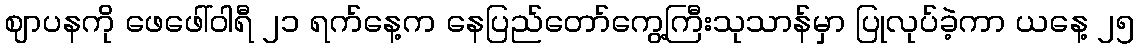
ဈာပနကို ဖေဖေါ်ဝါရီ ၂၁ ရက်နေ့က နေပြည်တော်ကွေ့ကြီးသုသာန်မှာ ပြုလုပ်ခဲ့ကာ ယနေ့ ၂၅